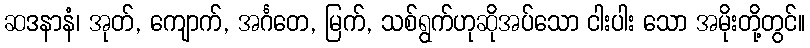
ဆဒနာနံ၊ အုတ်, ကျောက်, အင်္ဂတေ, မြက်, သစ်ရွက်ဟုဆိုအပ်သော ငါးပါး သော အမိုးတို့တွင်။